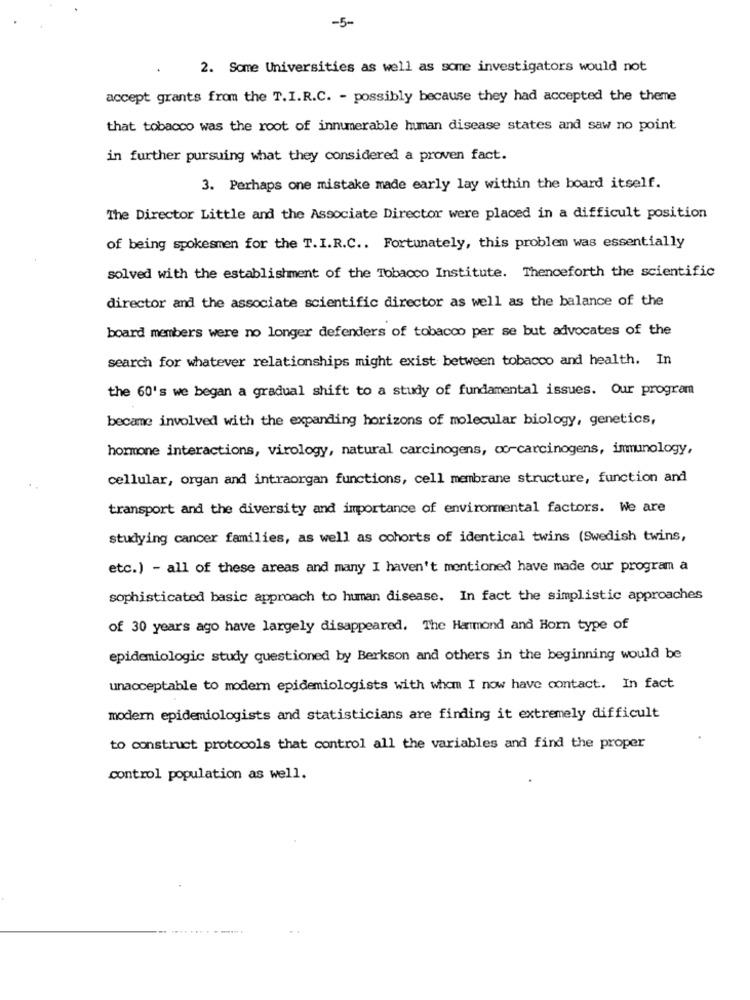
-5-
2. Some Universities as well as some investigators would not
accept grants from the T.I.R.C. - possibly because they had accepted the theme
that tobacco was the root of innumerable human disease states and saw no point
in further pursuing what they considered a proven fact.
3. Perhaps one mistake made early lay within the board itself.
The Director Little and the Associate Director were placed in a difficult position
of being spokesmen for the T.I.R.C .. Fortunately, this problem was essentially
solved with the establishment of the Tobacco Institute. Thenceforth the scientific
director and the associate scientific director as well as the balance of the
board members were no longer defenders of tobacco per se but advocates of the
search for whatever relationships might exist between tobacco and health. In
the 60's we began a gradual shift to a study of fundamental issues. Our program
became involved with the expanding horizons of molecular biology, genetics,
hormone interactions, virology, natural carcinogens, co-carcinogens, immunology,
cellular, organ and intraorgan functions, cell membrane structure, function and
transport and the diversity and importance of environmental factors. We are
studying cancer families, as well as cohorts of identical twins (Swedish twins,
etc.) - all of these areas and many I haven't mentioned have made our program a
sophisticated basic approach to human disease. In fact the simplistic approaches
of 30 years ago have largely disappeared. The Hanmond and Horn type of
epidemiologic study questioned by Berkson and others in the beginning would be
unacceptable to modern epidemiologists with whom I now have contact. In fact
modern epidemiologists and statisticians are finding it extremely difficult
to construct protocols that control all the variables and find the proper
control population as well.